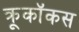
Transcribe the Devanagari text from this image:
क्रूकॉकस